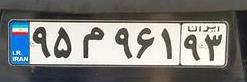
۹۵م۹۶۱۹۳